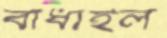
বাঁধাইল